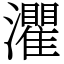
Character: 灈